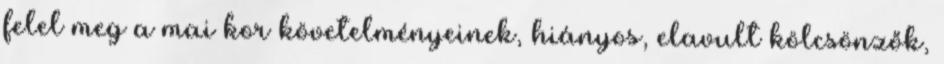
felel meg a mai kor követelményeinek, hiányos, elavult kölcsönzők,